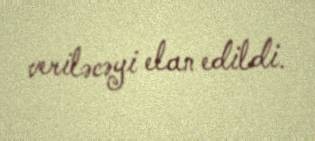
veriləcəyi elan edildi.